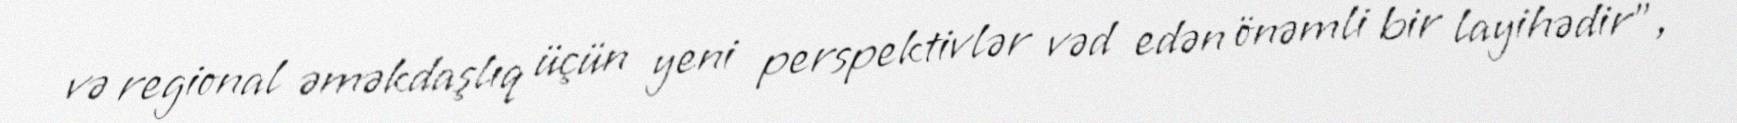
və regional əməkdaşlıq üçün yeni perspektivlər vəd edən önəmli bir layihədir", -